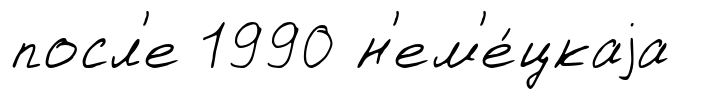
посл'е 1990 н'ем'е́цкаjа